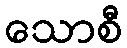
သောစီ